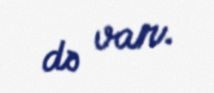
də var.